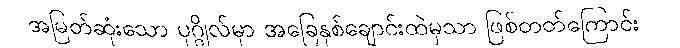
အမြတ်ဆုံးသော ပုဂ္ဂိုလ်မှာ အခြေနှစ်ချောင်းထဲမှသာ ဖြစ်တတ်ကြောင်း